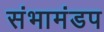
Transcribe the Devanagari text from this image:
संभामंडप